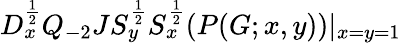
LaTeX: D_{x}^{\frac{1}{2}}Q_{-2}JS_{y}^{\frac{1}{2}}S_{x}^{\frac{1}{2}}(P(G;x,y))|_{x=y=1}